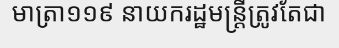
មាត្រា១១៩ នាយករដ្ឋមន្ត្រីត្រូវតែជា